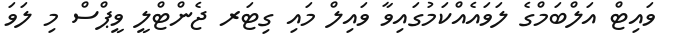
ވައިޓް އަލްބަމްގެ ލަވައެއްކަމުގައިވާ ވައިލް މައި ގިޓަރ ޖެންޓްލީ ވީޕްސް މި ލަވަ